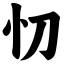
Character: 忉